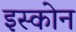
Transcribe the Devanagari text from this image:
इस्कोन